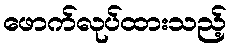
ဖောက်လုပ်ထားသည့်